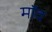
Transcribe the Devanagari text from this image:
मॉव